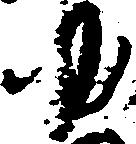
ゆ